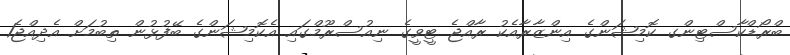
ބްރޯޑްކާސްޓިންގ ކޮމިޝަންގެ އިންޒާރާއެކު ރާއްޖެ ޓީވީގެ ނިއުސްރޫމްގައި އެކޮމިޝަންގެ ބޭފުޅުން ތިބުމަށް އެދިއްޖެ1